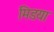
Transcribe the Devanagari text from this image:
मिडया